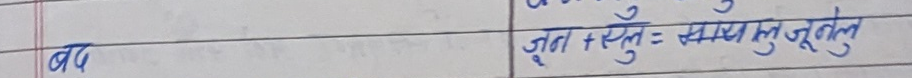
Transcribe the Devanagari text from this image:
जद
जुल + स्मृलु = सम्मुलजुुलु